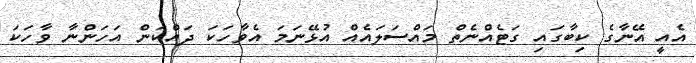
އެއީ އޭނާގެ ކިބާގައި ގަޓެއްނެތް މައްސަލައެއް އުޅޭނަމަ އެވާހަކަ ދައްކަން އަހަންނާ ވާހަކަ